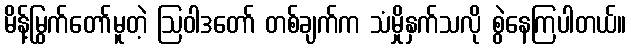
မိန့်မြွက်တော်မူတဲ့ ဩဝါဒတော် တစ်ချက်က သံမှိုနှက်သလို စွဲနေကြပါတယ်။